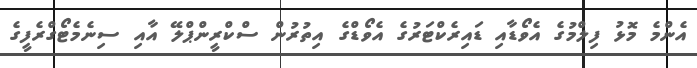
އެންމެ މޮޅު ފިލްމުގެ އެވޯޑާއި ޑައިރެކްޓަރުގެ އެވޯޑްގެ އިތުރުން ސްކްރީންޕްލޭ އާއި ސިނެމެޓޯގްރެފީގެ